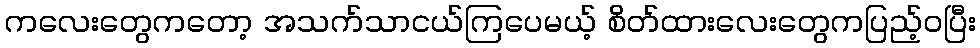
ကလေးတွေကတော့ အသက်သာငယ်ကြပေမယ့် စိတ်ထားလေးတွေကပြည့်ဝပြီး